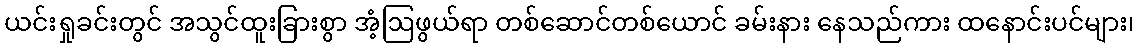
ယင်းရှုခင်းတွင် အသွင်ထူးခြားစွာ အံ့ဩဖွယ်ရာ တစ်ဆောင်တစ်ယောင် ခမ်းနား နေသည်ကား ထနောင်းပင်များ၊